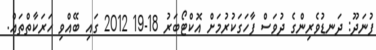
ފުނަދޫ: ދަނޑުވެރިންގެ ދުވަސް ފާހަގަކުރުމަށް އޮކްޓޯބަރު 18-19 2012 ގައި ބޭއްވި ހަރަކާތްތައް.